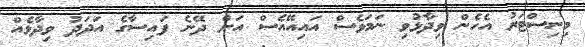
މިނިސްޓަރު އެހެން ވިދާޅުވި ނަމަވެސް އައިއޭއެސް އަށް ދޭނެ ފައިސާގެ އަދަދު ވިދާޅެއް